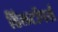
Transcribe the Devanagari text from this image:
हिलटॉपर्स